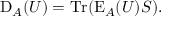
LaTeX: \operatorname { D } _ { A } ( U ) = \operatorname { T r } ( \operatorname { E } _ { A } ( U ) S ) .